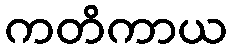
ကတိကာယ